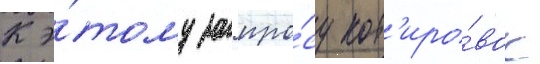
К э́тому запро́су кот'иро́вок